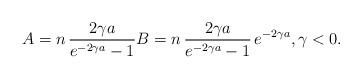
LaTeX: \begin{align*}A = n \, \frac{2 \gamma a}{e^{-2 \gamma a}-1} B = n \, \frac{2 \gamma a}{e^{-2 \gamma a}-1} \, e^{-2 \gamma a}, \gamma < 0.\end{align*}